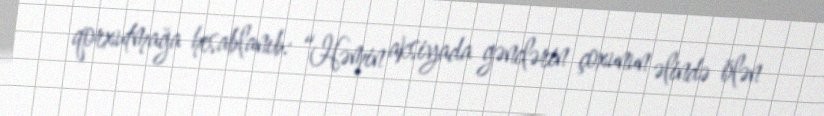
qorxutmağa hesablanıb: “Həmin aksiyada gənclərin çoxunun əlində ölən